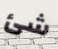
شئ